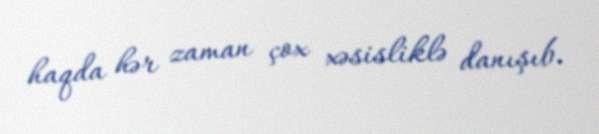
haqda hər zaman çox xəsisliklə danışıb.